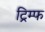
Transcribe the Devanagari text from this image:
ट्रिम्फ